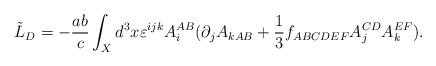
LaTeX: \begin{align*}\tilde{L}_{D}=-{\frac{ab}{c}}\int_{X}d^{3}x\varepsilon^{ijk}A_{i}^{AB}(\partial _{j}A_{kAB}+{\frac{1}{3}}f_{ABCDEF}A_{j}^{CD}A_{k}^{EF}).\end{align*}